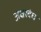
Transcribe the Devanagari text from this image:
अक्षरबंध